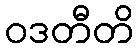
ဝဒတီတိ